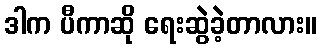
ဒါက ပီကာဆို ရေးဆွဲခဲ့တာလား။